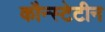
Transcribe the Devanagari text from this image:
कौन्स्टेटीन